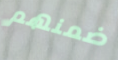
ضمنهم